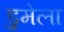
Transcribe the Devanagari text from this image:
डुमेला